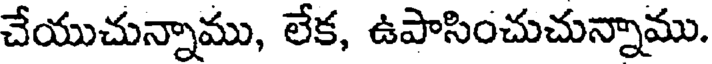
చేయుచున్నాము, లేక, ఉపాసించుచున్నాము.